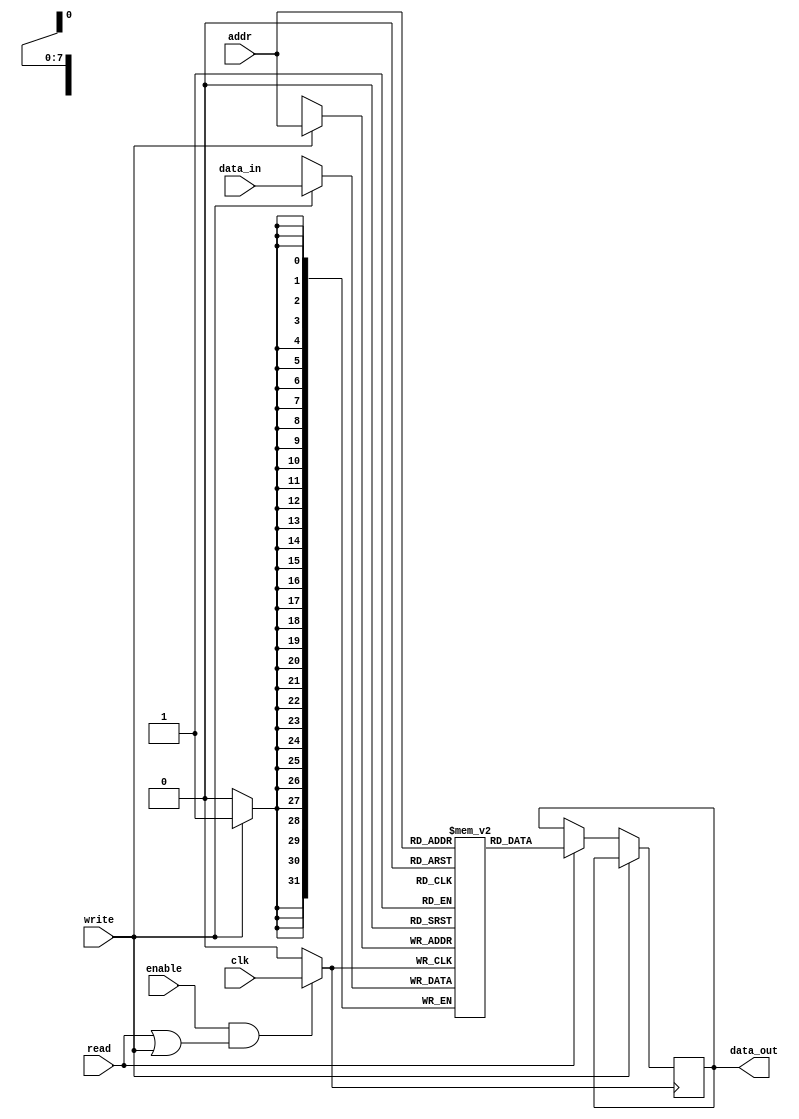
module memory_block (
    input wire clk,          // Primary clock signal
    input wire enable,       // Enable signal for memory block
    input wire read,         // Read operation signal
    input wire write,        // Write operation signal
    input wire [7:0] addr,   // Address for memory access
    input wire [31:0] data_in,// Data input for write operation
    output reg [31:0] data_out // Data output for read operation
);

    // Memory array: 256 words of 32 bits
    reg [31:0] memory [0:255];

    // Clock gating signal
    wire gated_clk;

    // Clock gating logic
    assign gated_clk = (enable && (read || write)) ? clk : 1'b0;

    // Memory operation
    always @(posedge gated_clk) begin
        if (write) begin
            memory[addr] <= data_in; // Write data to memory
        end else if (read) begin
            data_out <= memory[addr]; // Read data from memory
        end
    end

endmodule